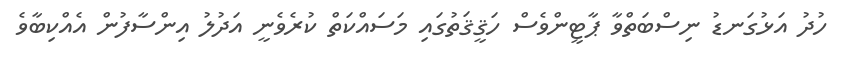
ހުދު އަޅުގަނޑު ނިސްބަތްވާ ޕާޓީންވެސް ހަޤީޤަތުގައި މަސައްކަތް ކުރެވެނީ އަދުލު އިންސާފުން އެއްކިބާވެ